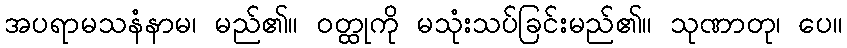
အပရာမသနံနာမ၊ မည်၏။ ဝတ္ထုကို မသုံးသပ်ခြင်းမည်၏။ သုဏာတု၊ ပေ။